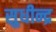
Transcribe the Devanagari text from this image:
सुधीन्द्र